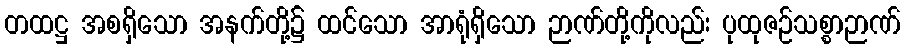
တထဋ္ဌ အစရှိသော အနက်တို့၌ ထင်သော အာရုံရှိသော ဉာဏ်တို့ကိုလည်း ပုထုဇဉ်သစ္စာဉာဏ်